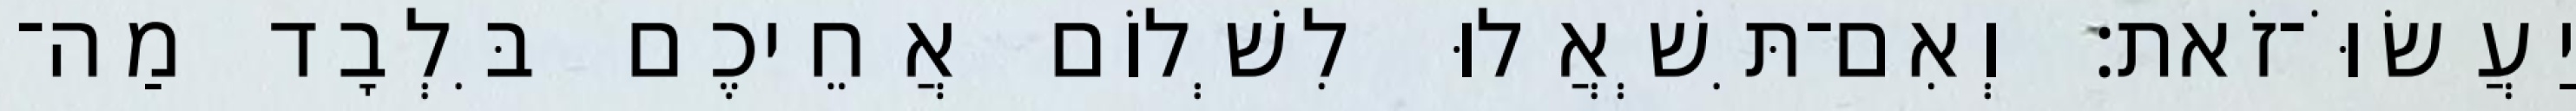
יַעֲשׂוֹּ־זֹאת׃ וְאִם־תִּשְׁאֲלוּ לִשְׁלוֹם אֲחֵיכֶם בִּלְבָד מַה־